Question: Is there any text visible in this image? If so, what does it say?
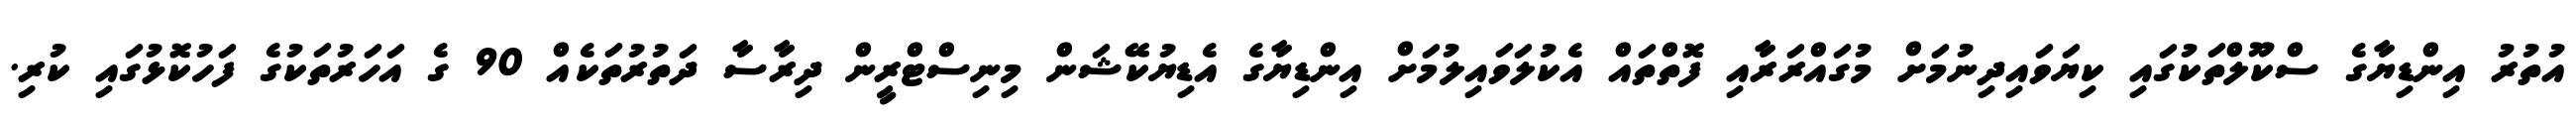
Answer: އުތުރު އިންޑިޔާގެ ސްކޫލްތަކުގައި ކިޔަވައިދިނުމަށް މުގައްރަރާއި ފޮތްތައް އެކުލަވައިލުމަށް އިންޑިޔާގެ އެޑިޔުކޭޝަން މިނިސްޓްރީން ދިރާސާ ދަތުރުތަކެއް 90 ގެ އަހަރުތަކުގެ ފަހުކޮޅުގައި ކުރި.